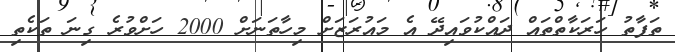
ތަފާތު ހަރަކާތްތައް ދައްކުވައިދޭ އެ މައުރަޒަށް މިހާތަނަށް 2000 ހަށްވުރެ ގިނަ ތަކެތި